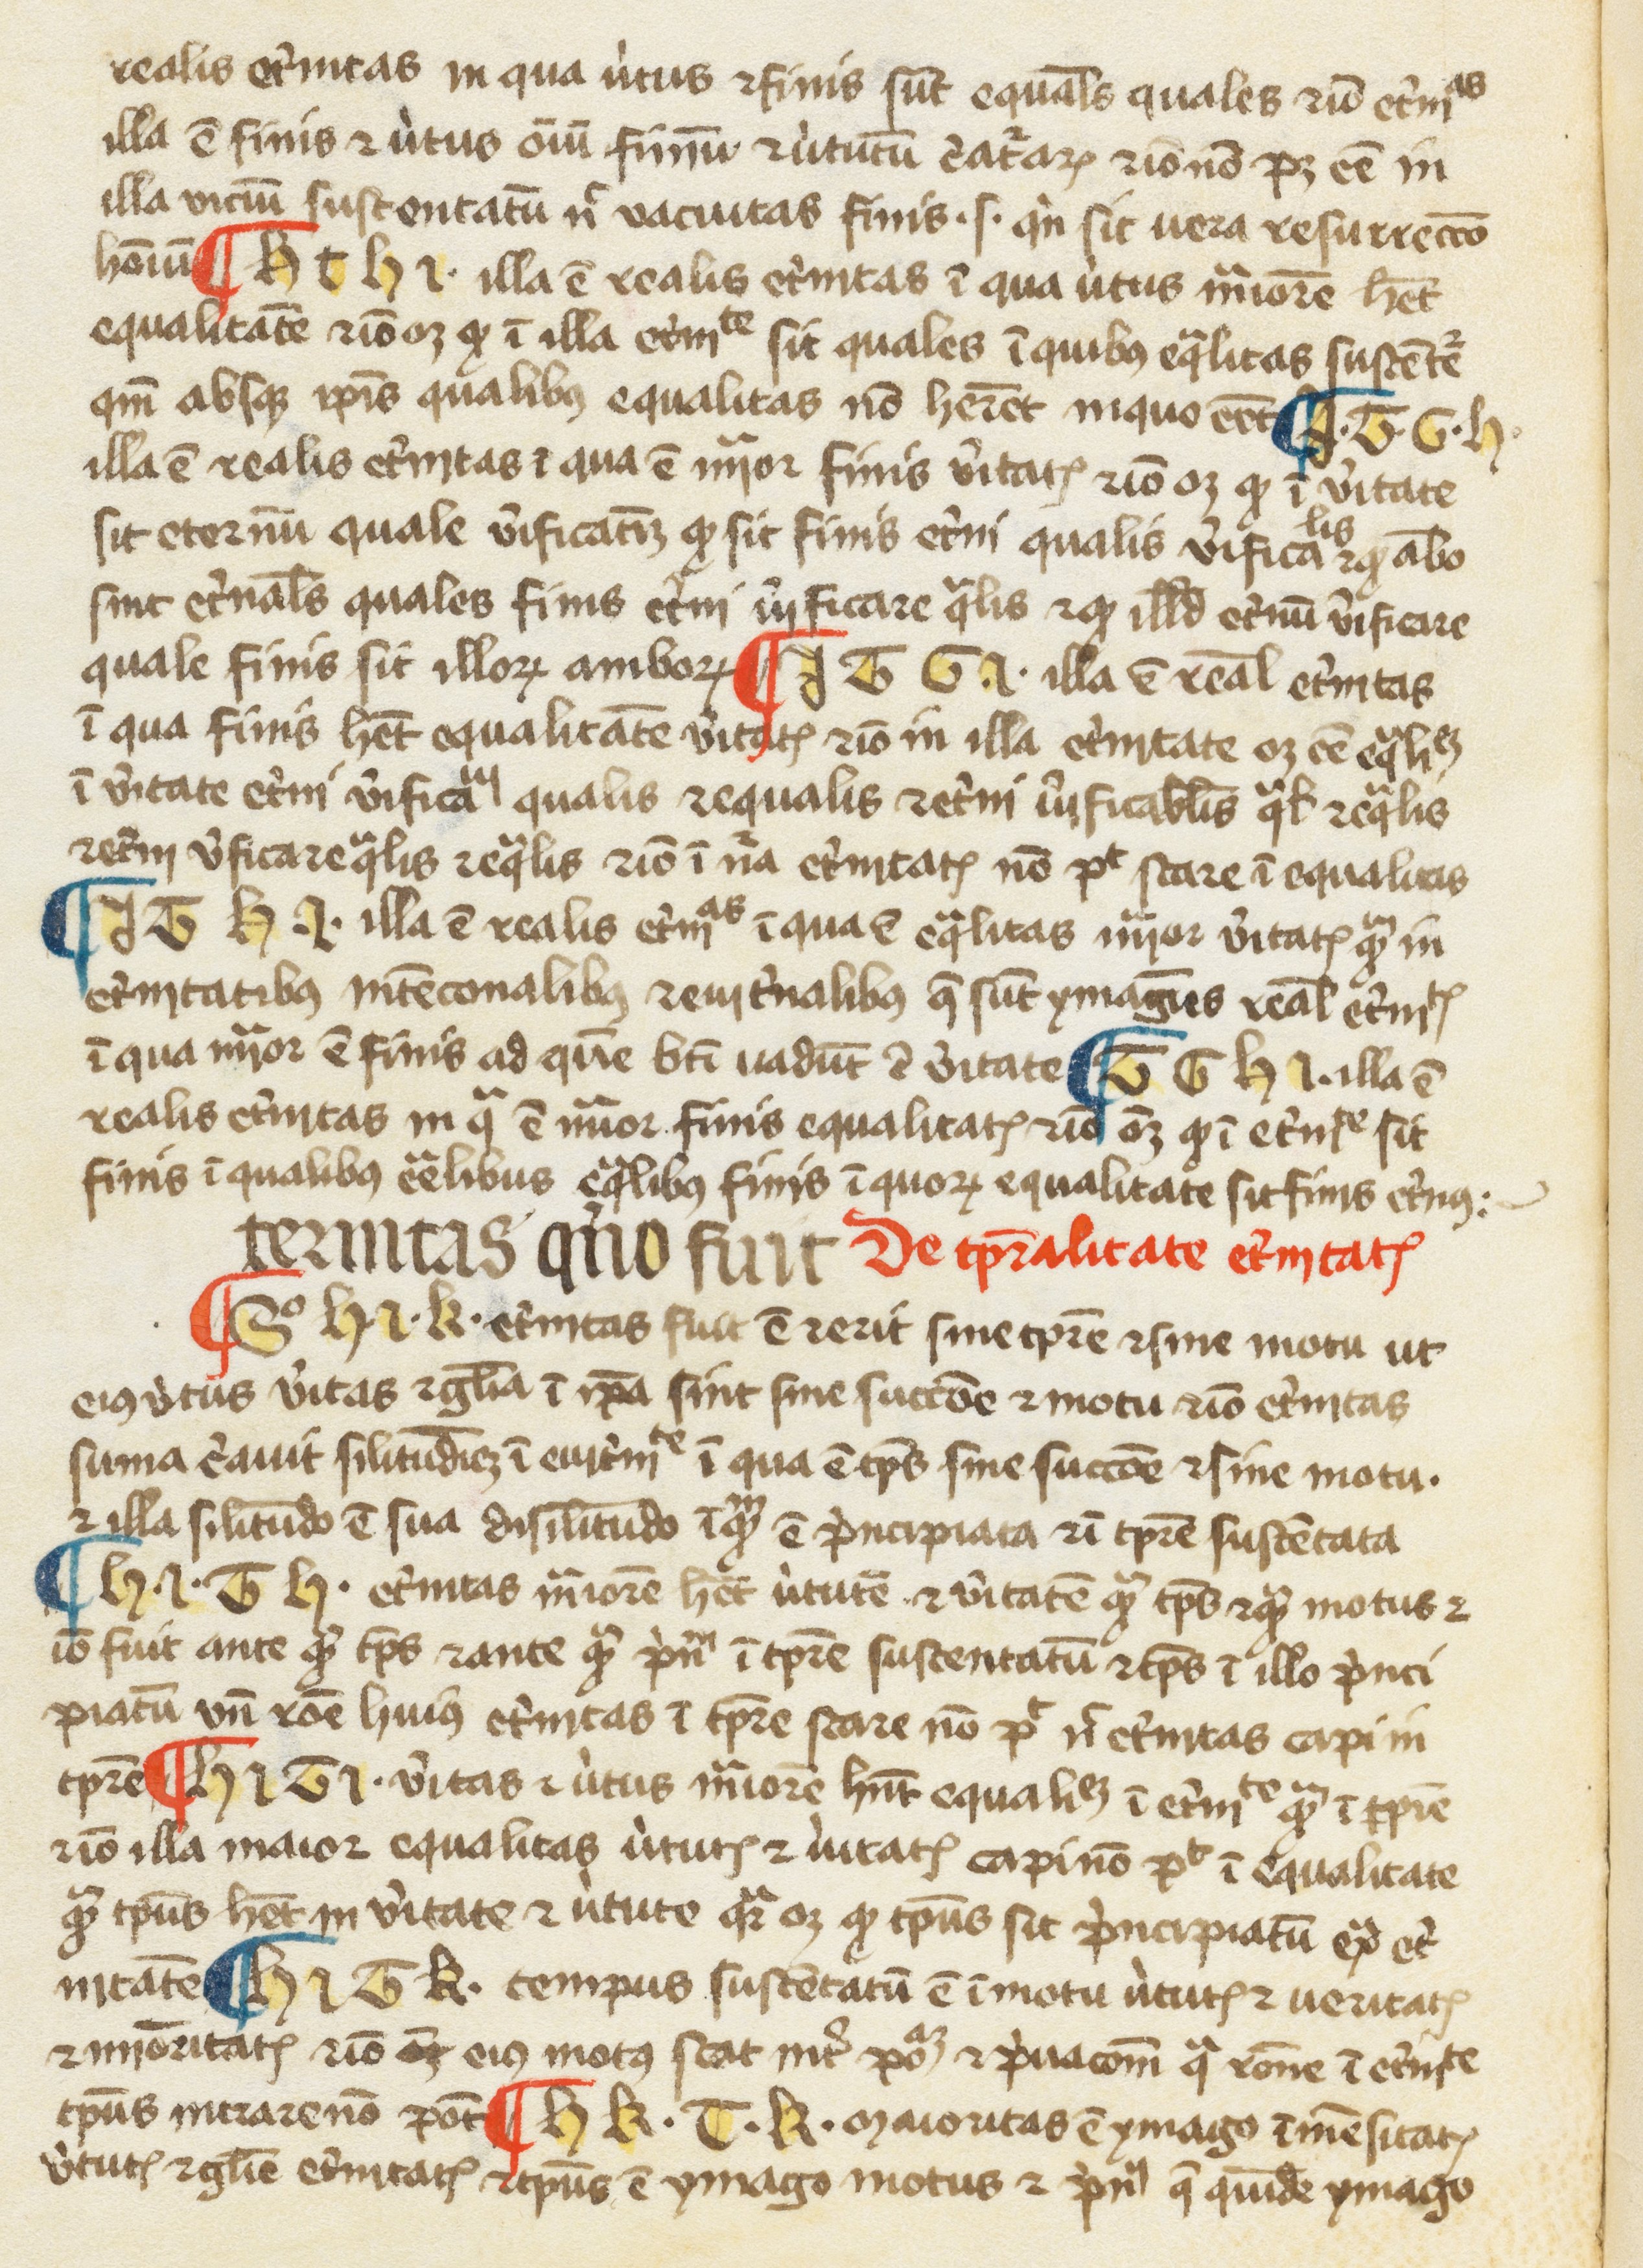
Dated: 1300–1399